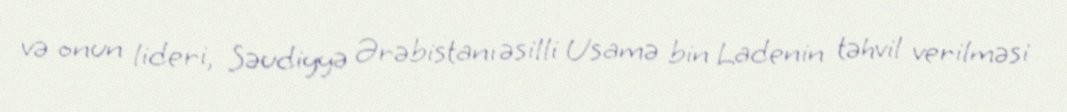
və onun lideri, Səudiyyə Ərəbistanı əsilli Usamə bin Ladenin təhvil verilməsi